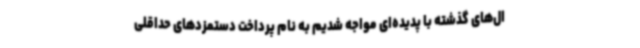
ال‌های گذشته با پدیده‌ای مواجه شدیم به نام پرداخت دستمزدهای حداقلی